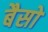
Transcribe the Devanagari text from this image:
बैसो